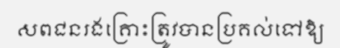
សពជនរងគ្រោះត្រូវបានប្រគល់ទៅឱ្យ